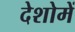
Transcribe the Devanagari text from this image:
देशोमें